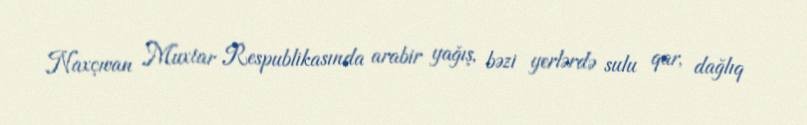
Naxçıvan Muxtar Respublikasında arabir yağış, bəzi yerlərdə sulu qar, dağlıq